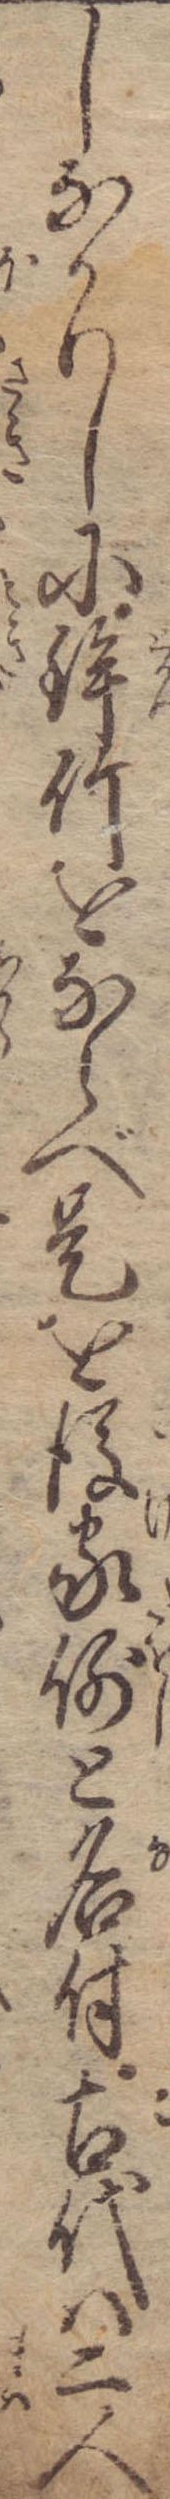
しなかりしに鉾竹をならべ是を後家倒と名付古代は二人